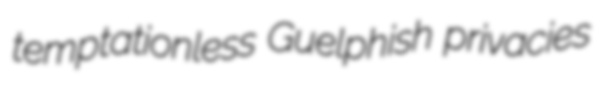
temptationless Guelphish privacies